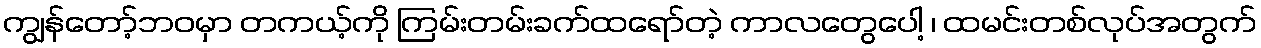
ကျွန်တော့်ဘဝမှာ တကယ့်ကို ကြမ်းတမ်းခက်ထရော်တဲ့ ကာလတွေပေါ့ ၊ ထမင်းတစ်လုပ်အတွက်